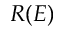
R ( E )